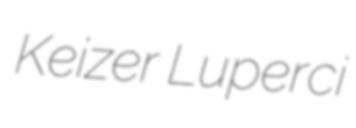
Keizer Luperci